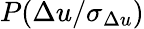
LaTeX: P(\Delta u/\sigma_{\Delta u})